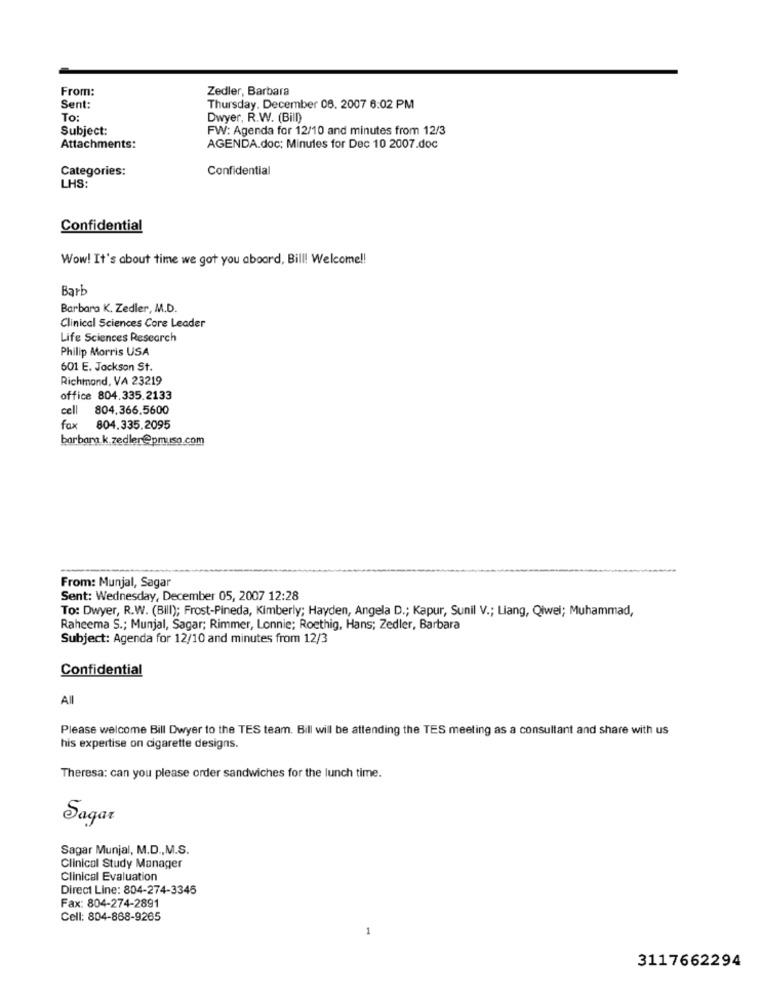
From:
Zedler, Barbara
Sent:
Thursday. December 08. 2007 6:02 PM
To:
Dwyer, R.W. (Bill)
Subject:
FW: Agenda for 12/10 and minutes from 12/3
Attachments:
AGENDA.doc: Minutes for Dec 10 2007.doc
Categories:
Confidential
LHS:
Confidential
Wow! It's about time we got you aboard, Bill! Welcome !!
Barb
Barbara K. Zedler, M.D.
Clinical Sciences Core Leader
Life Sciences Research
Philip Morris USA
601 E. Jackson St.
Richmond, VA 23219
office 804.335.2133
cell 804.366.5600
fax 804.335.2095
barbara.k.zedler@pmuso.com
From: Munjal, Sagar
Sent: Wednesday, December 05, 2007 12:28
To: Dwyer, R.W. (Bill); Frost-Pineda, Kimberly; Hayden, Angela D .; Kapur, Sunil V .; Liang, Qiwei; Muhammad,
Raheema S .; Munjal, Sagar; Rimmer, Lonnie; Roethig, Hans; Zedler, Barbara
Subject: Agenda for 12/10 and minutes from 12/3
Confidential
All
Please welcome Bill Dwyer to the TES team. Bill will be attending the TES meeting as a consultant and share with us
his expertise on cigarette designs.
Theresa: can you please order sandwiches for the lunch time.
Sagar
Sagar Munjal, M.D ., M.S.
Clinical Study Manager
Clinical Evaluation
Direct Line: 804-274-3345
Fax: 804-274-2891
Cell: 804-868-9265
-
3117662294